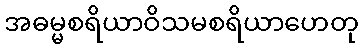
အဓမ္မစရိယာဝိသမစရိယာဟေတု